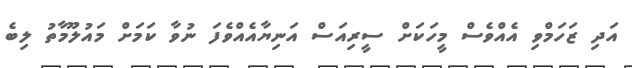
އަދި ޒަހަމްވި އެއްވެސް މީހަކަށް ސީރިއަސް އަނިޔާއެއްވެފަ ނުވާ ކަމަށް މައުލޫމާތު ލިބެ